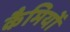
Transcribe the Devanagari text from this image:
कैमियों